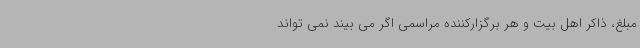
مبلغ، ذاکر اهل بیت و هر برگزارکننده مراسمی اگر می بیند نمی تواند